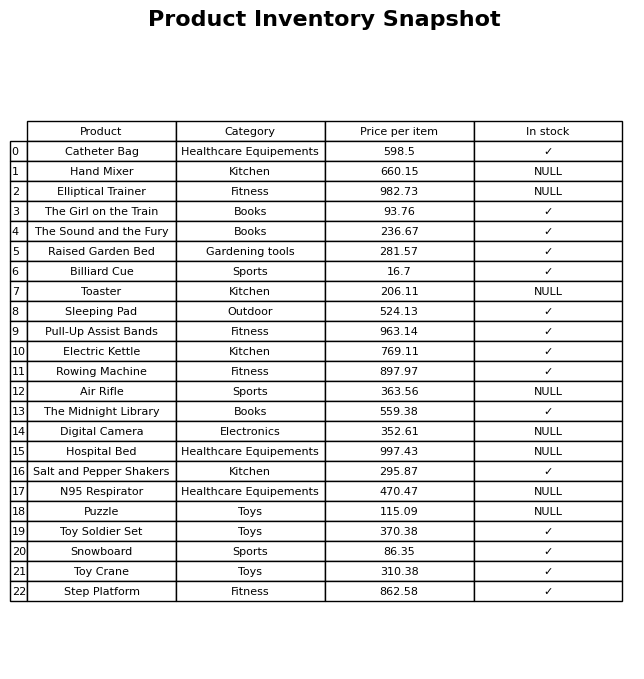
question: What is the price of the Elliptical Trainer?
answer: The price of Elliptical Trainer is 982.73.